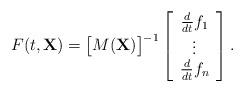
LaTeX: \begin{align*}F(t,\mathbf{X})=\big[M(\mathbf{X})\big]^{-1}\left[\begin{array}{c} \frac{d}{dt}f_1\\ \vdots \\ \frac{d}{dt}f_n\end{array}\right].\end{align*}